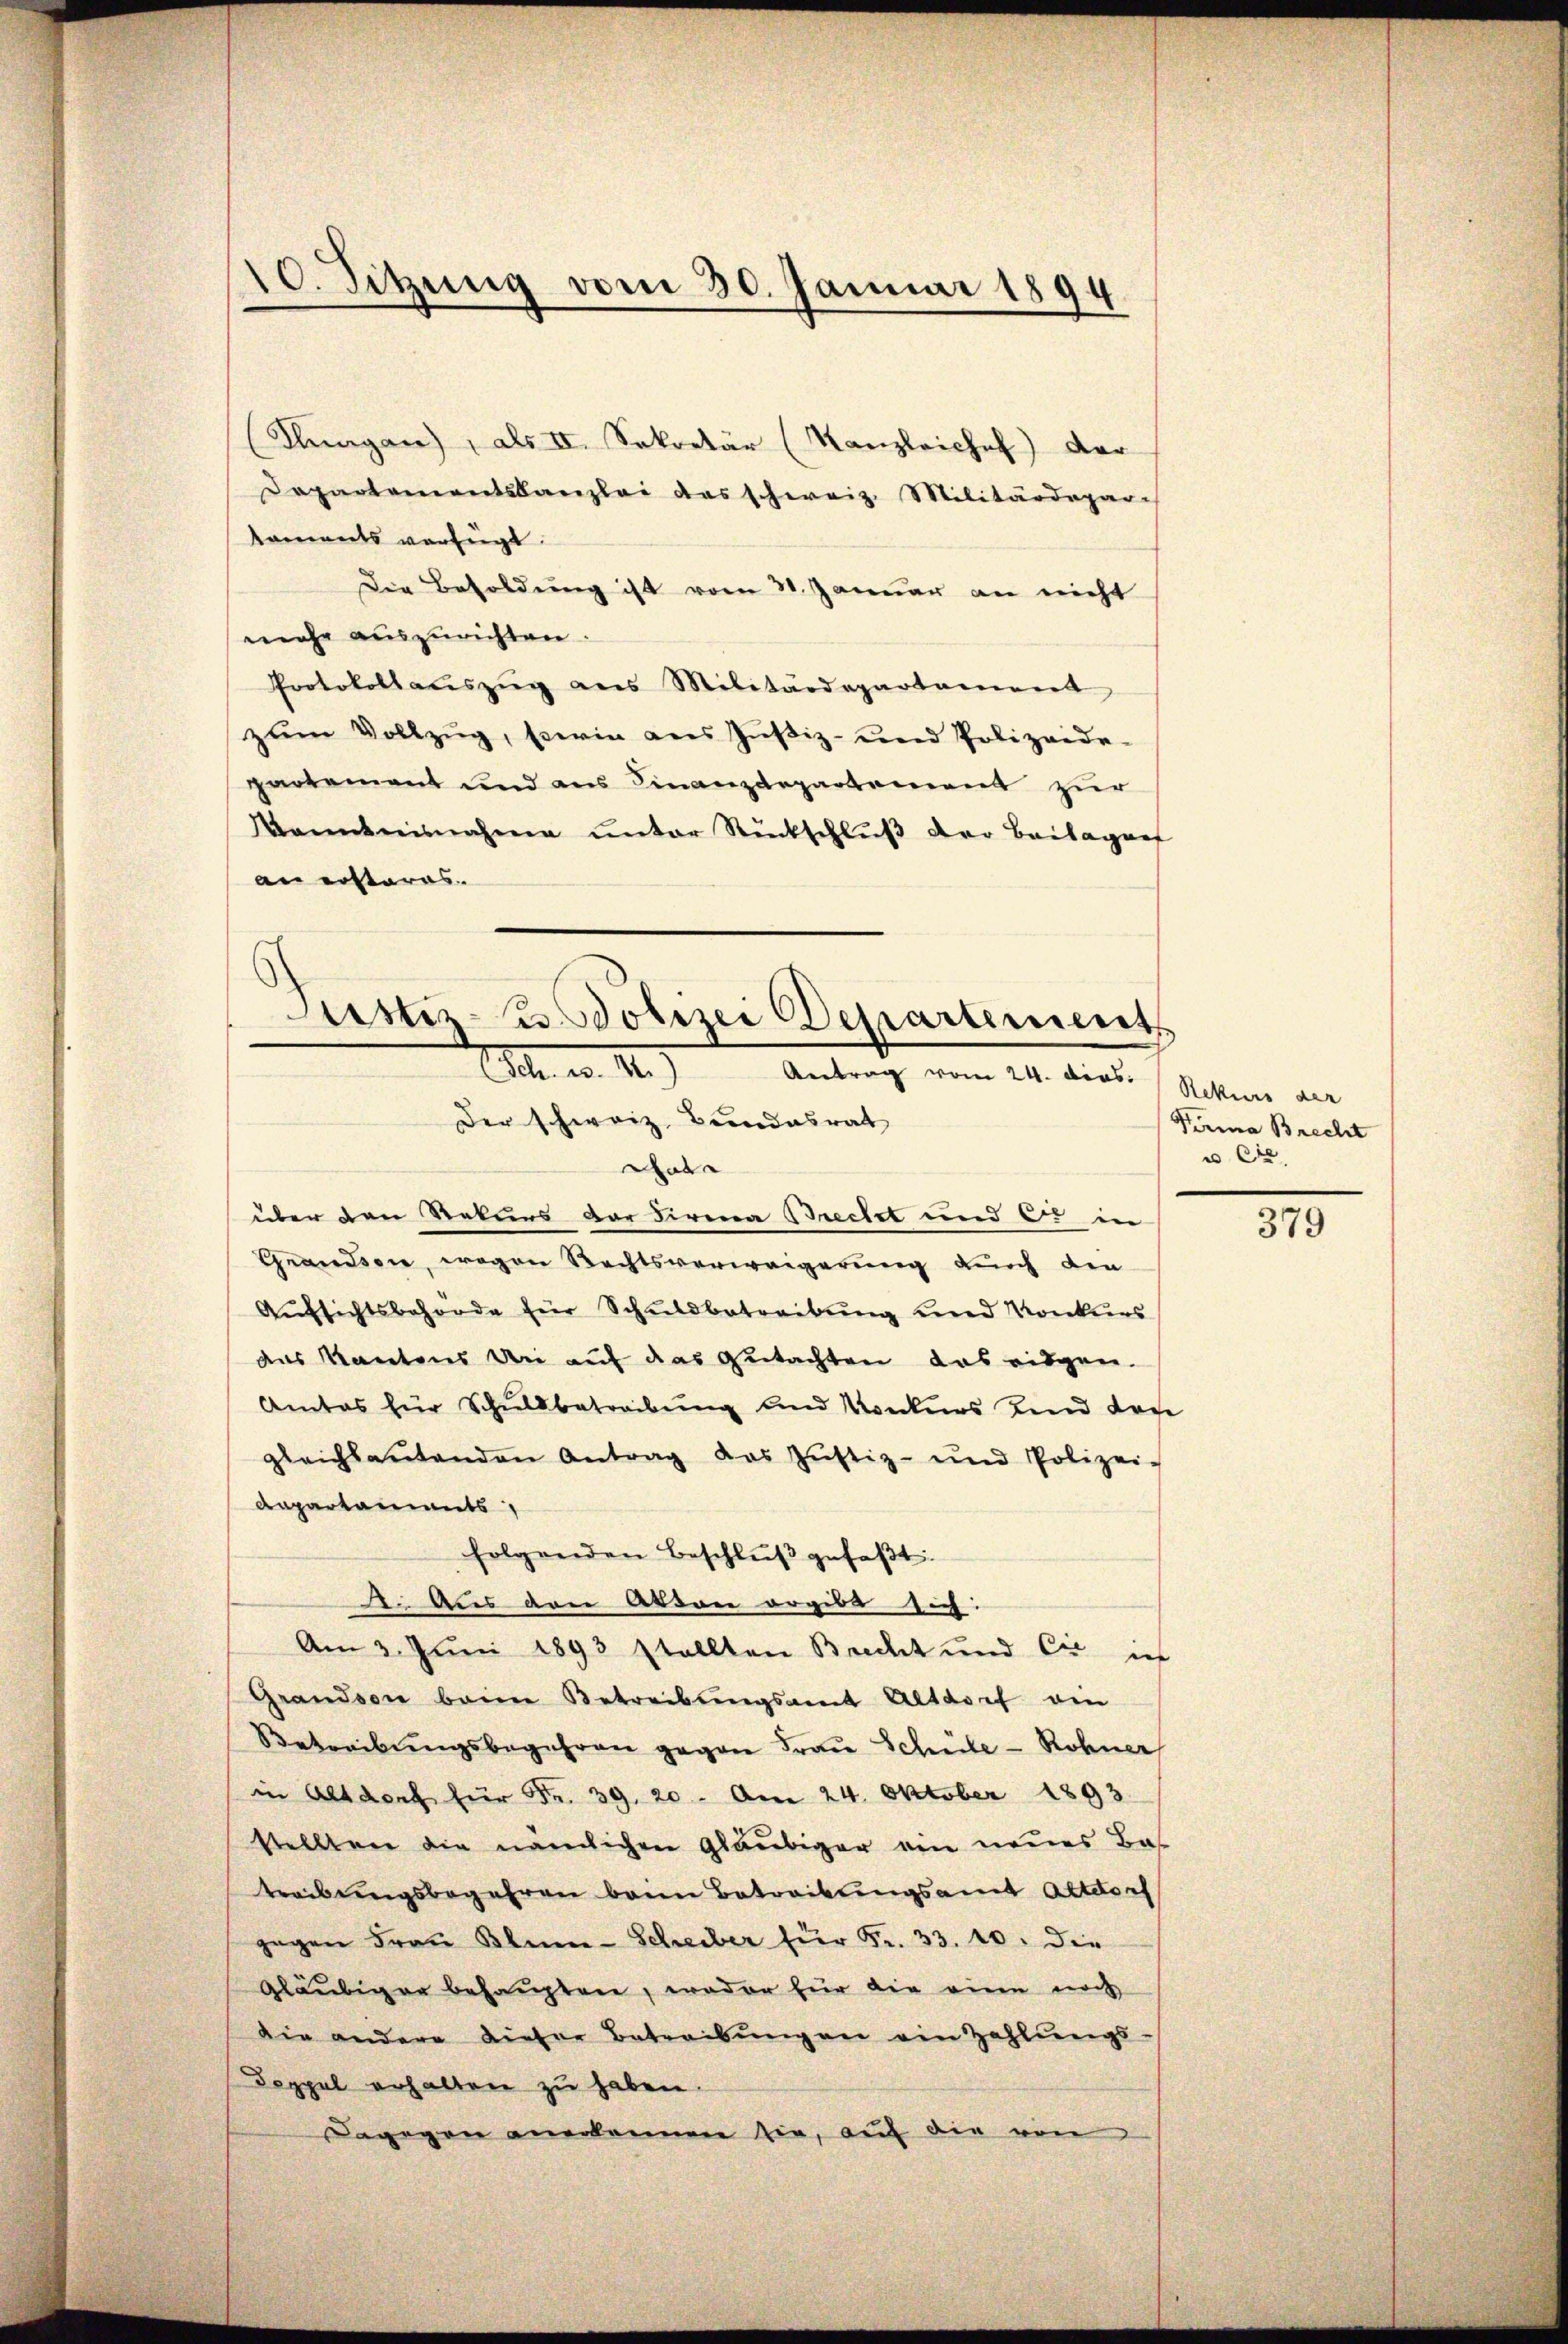
10. Sitzung vom 30. Januar 1894

koments verfügt.
Die Besoldung ist vom 30. Januar an nicht
mehr auszurichten.
Protokollaŭszŭg ans Militärdepartement
zŭm Vollzŭg, sein des Zustiz- und Polizeide-
partement und aus Finanzdepartement zur
Wanntnisnahme unter Rückschluß der Beilaganf
an erstares

(Plagan), als II. Sekretär (Kanzleichef der
Departementskanzlei das schweiz. Militärdepari

Justiz- u. Polizei Departement
All. v. 12.)
Antrag vom 24. dios. Rekurs der
Der schweiz. Bundesrat
War

über den Rekurs vor Firma Brecht und 5. in
Grandson, wegen Rechtsverweigerung durch die
Aufsichtsbehörde für Schuldbetreibung und Konkurs
das Kantons bei auf das Gutachten das eidgen.
Amtes für Schuldbetreibung und Konkurs und dor
gleichbaŭtenden Antrag des Jŭstiz- und Polizei-
Dapartaments
folgenden Beschlŭβ gefaßt:
2. Aus den Akten ergibt sich:
Am 3. Juni 1893 stellten Brecht und Cie ich
Grandson beim Betreibŭngsamt Altdorf am
Betreibŭngsbegehren gegen Frau Schüle - Rohner
in Altdorf für Fr. 39. 20. Am 24. Oktober 1893.
stellten die nämlichen Gläubiger ein neues Bas
treibungsbegehren beim Betreibungsamt Altdorf
gegen Frau Blum-Scheiber für Fr. 33. 10. die
gläubiger behaupten, weder für die eine noch
die andere dieser Betreibungen ein Zahlungs-
Doppel erhalten zu haben.
Dagegen anerkennen sie, auf die von

Firma Brecht
u Ce

379